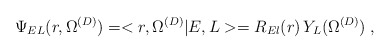
\begin{align*}\Psi_{E L}(r, \Omega^{(D)})=<r, \Omega^{(D)}| E , L > =R_{El} (r)\,Y_{L} (\Omega^{(D)})\; ,\end{align*}